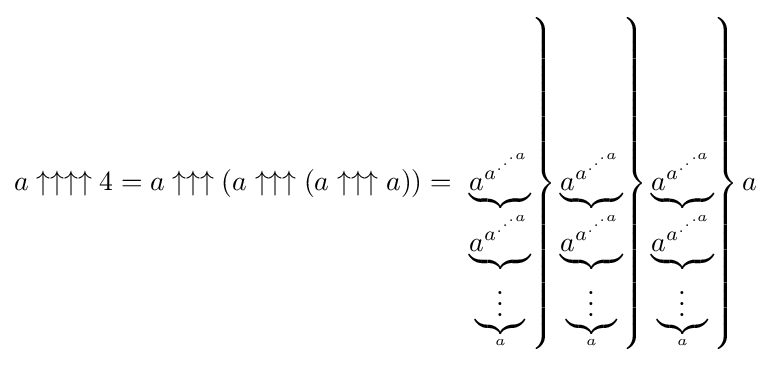
a\uparrow \uparrow \uparrow \uparrow 4=a\uparrow \uparrow \uparrow (a\uparrow \uparrow \uparrow (a\uparrow \uparrow \uparrow a))=\left.\left.\left.\underbrace {a^{a^{.^{.^{.{a}}}}}} _{\underbrace {a^{a^{.^{.^{.{a}}}}}} _{\underbrace {\vdots } _{a}}}\right\}\underbrace {a^{a^{.^{.^{.{a}}}}}} _{\underbrace {a^{a^{.^{.^{.{a}}}}}} _{\underbrace {\vdots } _{a}}}\right\}\underbrace {a^{a^{.^{.^{.{a}}}}}} _{\underbrace {a^{a^{.^{.^{.{a}}}}}} _{\underbrace {\vdots } _{a}}}\right\}a